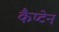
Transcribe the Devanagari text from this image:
कैप्‍टेन